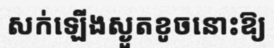
សក់ឡើងស្ងួតខូចនោះឱ្យ